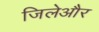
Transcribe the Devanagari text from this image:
जिलेऔर